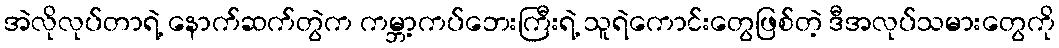
အဲလိုလုပ်တာရဲ့ နောက်ဆက်တွဲက ကမ္ဘာ့ကပ်ဘေးကြီးရဲ့ သူရဲကောင်းတွေဖြစ်တဲ့ ဒီအလုပ်သမားတွေကို